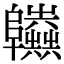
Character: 𨽫